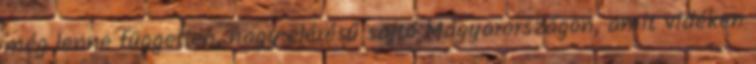
még lenne független, nagy elérésű sajtó Magyarországon, amit vidéken